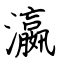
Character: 瀛